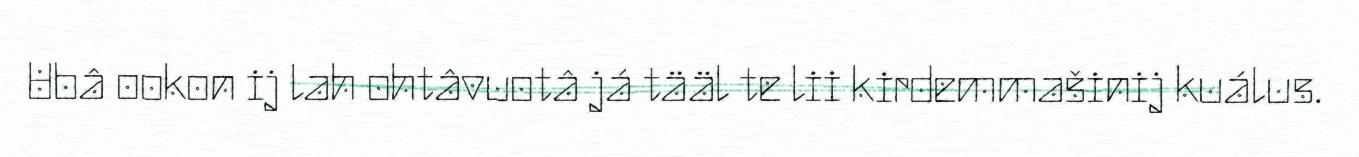
Ubâ ookon ij lah ohtâvuotâ já tääl te lii kirdemmašinij kuálus.